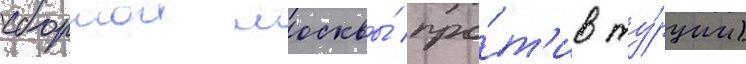
сборнои москвы́ про́т'ив ту́рции)